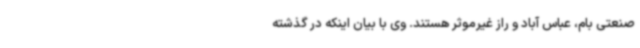
صنعتی بام، عباس آباد و راز غیرموثر هستند. وی با بیان اینکه در گذشته